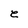
Character: e